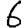
Digit: 6